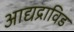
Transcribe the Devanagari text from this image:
आद्यद्राविड